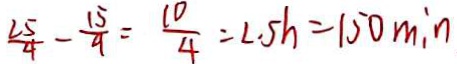
\frac { 2 5 } { 4 } - \frac { 1 5 } { 4 } = \frac { 1 0 } { 4 } = 2 . 5 h = 1 5 0 \min